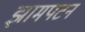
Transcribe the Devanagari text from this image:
झामपटन